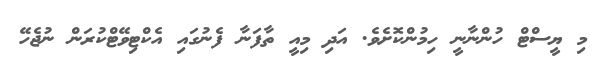
މި ޔީސްޓް ހުންނާނީ ހިމުންކޮށެވެ. އަދި މިއީ ތާފަނާ ފެނުގައި އެކްޓިވޭޓްކުރަން ނުޖެހޭ